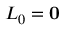
L _ { 0 } = \mathbf { 0 }